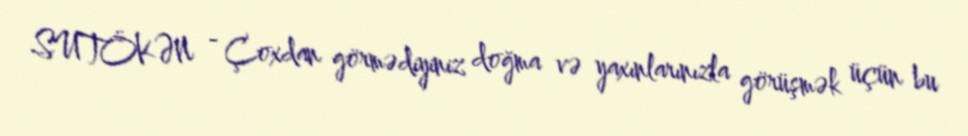
SUTÖKƏN - Çoxdan görmədiyiniz doğma və yaxınlarınızla görüşmək üçün bu